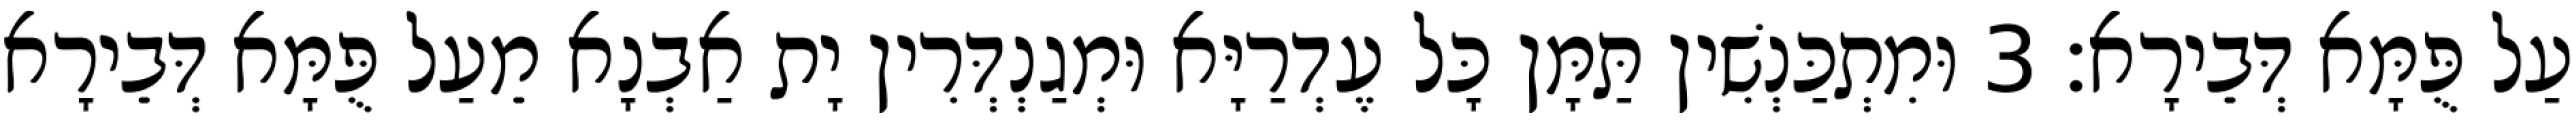
עַל פֻּמָּא דְּבֵירָא׃ 3 וּמִתְכַּנְשִׁין תַּמָּן כָּל עֶדְרַיָּא וּמְגַנְדְּרִין יָת אַבְנָא מֵעַל פֻּמָּא דְּבֵירָא